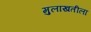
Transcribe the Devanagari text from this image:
मुलाखतीला